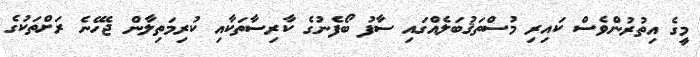
މީގެ އިތުރުންވެސް ކައިރި މުސްތަޤުބަލެއްގައި ސާފު ބޯފެނުގެ ކާރިސާތަކާއި ކުރިމަތިލާން ޖެހޭނެ ރަށްތަކުގެ